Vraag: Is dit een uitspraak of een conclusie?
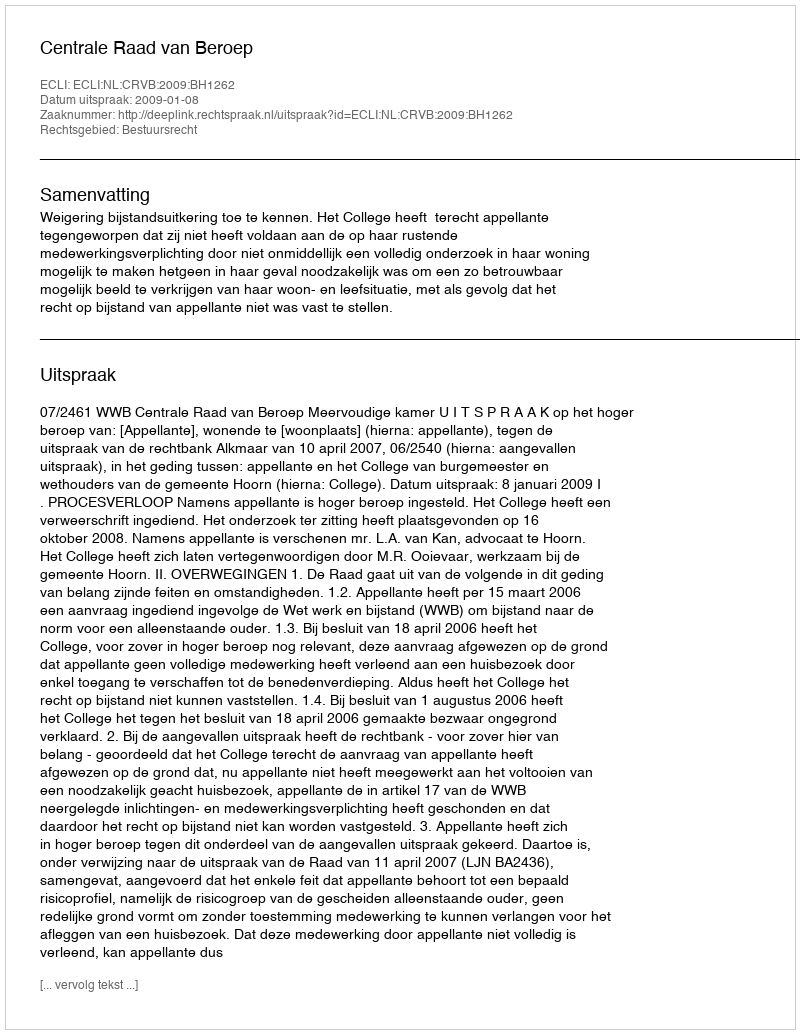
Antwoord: Uitspraak